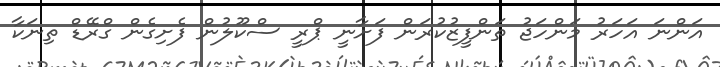
އަންނަ އަހަރު މަންހަޖު ތަންފީޒުކުރަން ފަށާނީ ޕްރީ ސްކޫލުން ފެށިގެން ގްރޭޑް ތިނަކާ